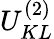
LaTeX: {U}_{KL}^{(2)}